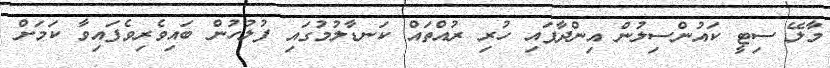
މާލޭ ސިޓީ ކައުންސިލުން އިންދާފައި ހުރި ރުއްތައް ކަނޑާލުމުގައި ފުލުހުން ބައިވެރިވެފައިވާ ކަމަށް